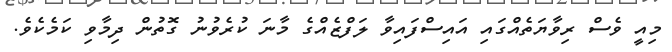
މިއީ ވެސް ރިވާޔަތެއްގައި އައިސްފައިވާ ލަފްޒެއްގެ މާނަ ކުރެވުނު ގޮތުން ދިމާވި ކަމެކެވެ.